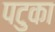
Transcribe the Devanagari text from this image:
पटुका